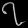
Digit: ၇